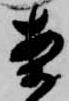
案